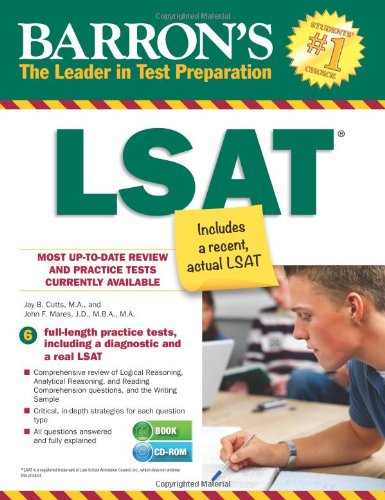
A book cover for Barron's LSAT with CD-ROM (Barron's LSAT (W/CD)); Jay B. Cutts M.A.; Test Preparation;